Report on the working of the Ranchi Indian Mental Hospital, Kanke, in Bihar and Orissa - 1930-1940
Year: 1930
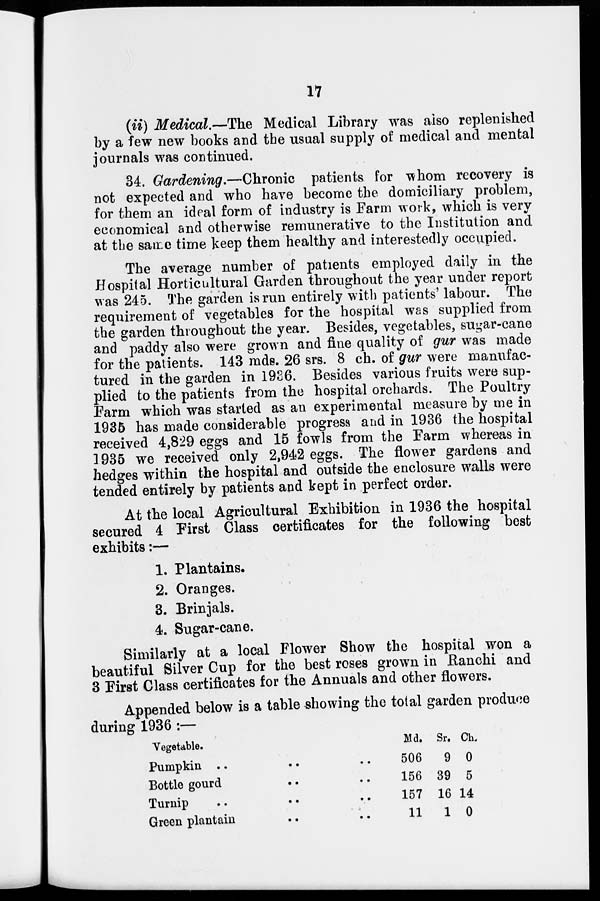
17
(ii) Medical.—The Medical Library was also replenished
by a few new books and the usual supply of medical and mental
journals was continued.
34. Gardening.—Chronic patients for whom recovery is
not expected and who have become the domiciliary problem,
for them an ideal form of industry is Farm work, which is very
economical and otherwise remunerative to the Institution and
at the same time keep them healthy and interestedly occupied.
The average number of patients employed daily in the
Hospital Horticultural Garden throughout the year under report
was 245. The garden is run entirely with patients' labour. The
requirement of vegetables for the hospital was supplied from
the garden throughout the year. Besides, vegetables, sugar-cane
and paddy also were grown and fine quality of gur was made
for the patients. 143 mds. 26 srs. 8 ch. of gur were manufac-
tured in the garden in 1936. Besides various fruits were sup-
plied to the patients from the hospital orchards. The Poultry
Farm which was started as an experimental measure by me in
1935 has made considerable progress and in 1936 the hospital
received 4,829 eggs and 15 fowls from the Farm whereas in
1935 we received only 2,942 eggs. The flower gardens and
hedges within the hospital and outside the enclosure walls were
tended entirely by patients and kept in perfect order.
At the local Agricultural Exhibition in 1936 the hospital
secured 4 First Class certificates for the following best
exhibits:—
1. Plantains.
2. Oranges.
3. Brinjals.
4. Sugar-cane.
Similarly at a local Flower Show the hospital won a
beautiful Silver Cup for the best roses grown in Ranchi and
3 First Class certificates for the Annuals and other flowers.
Appended below is a table showing the total garden produce
during 1936 :—
Vegetable.
Pumpkin .. .. ..
Bottle gourd .. ..
Turnip .. .. ..
Green plantain .. ..
Md.
506
156
157
11
Sr.
9
39
16
1
Ch.
0
5
14
0